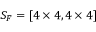
S _ { F } = [ 4 \times 4 , 4 \times 4 ]